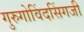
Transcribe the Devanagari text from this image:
गुरुगोविंदसिंगजी